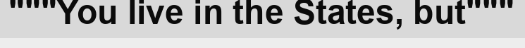
"""You live in the States, but"""